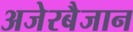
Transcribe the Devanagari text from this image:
अजेरबैजान